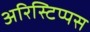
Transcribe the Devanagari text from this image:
अरिस्टिप्पस